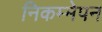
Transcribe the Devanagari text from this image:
निकम्मेपन